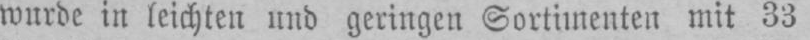
wurde in leichten und geringen Sortimenten mit 33